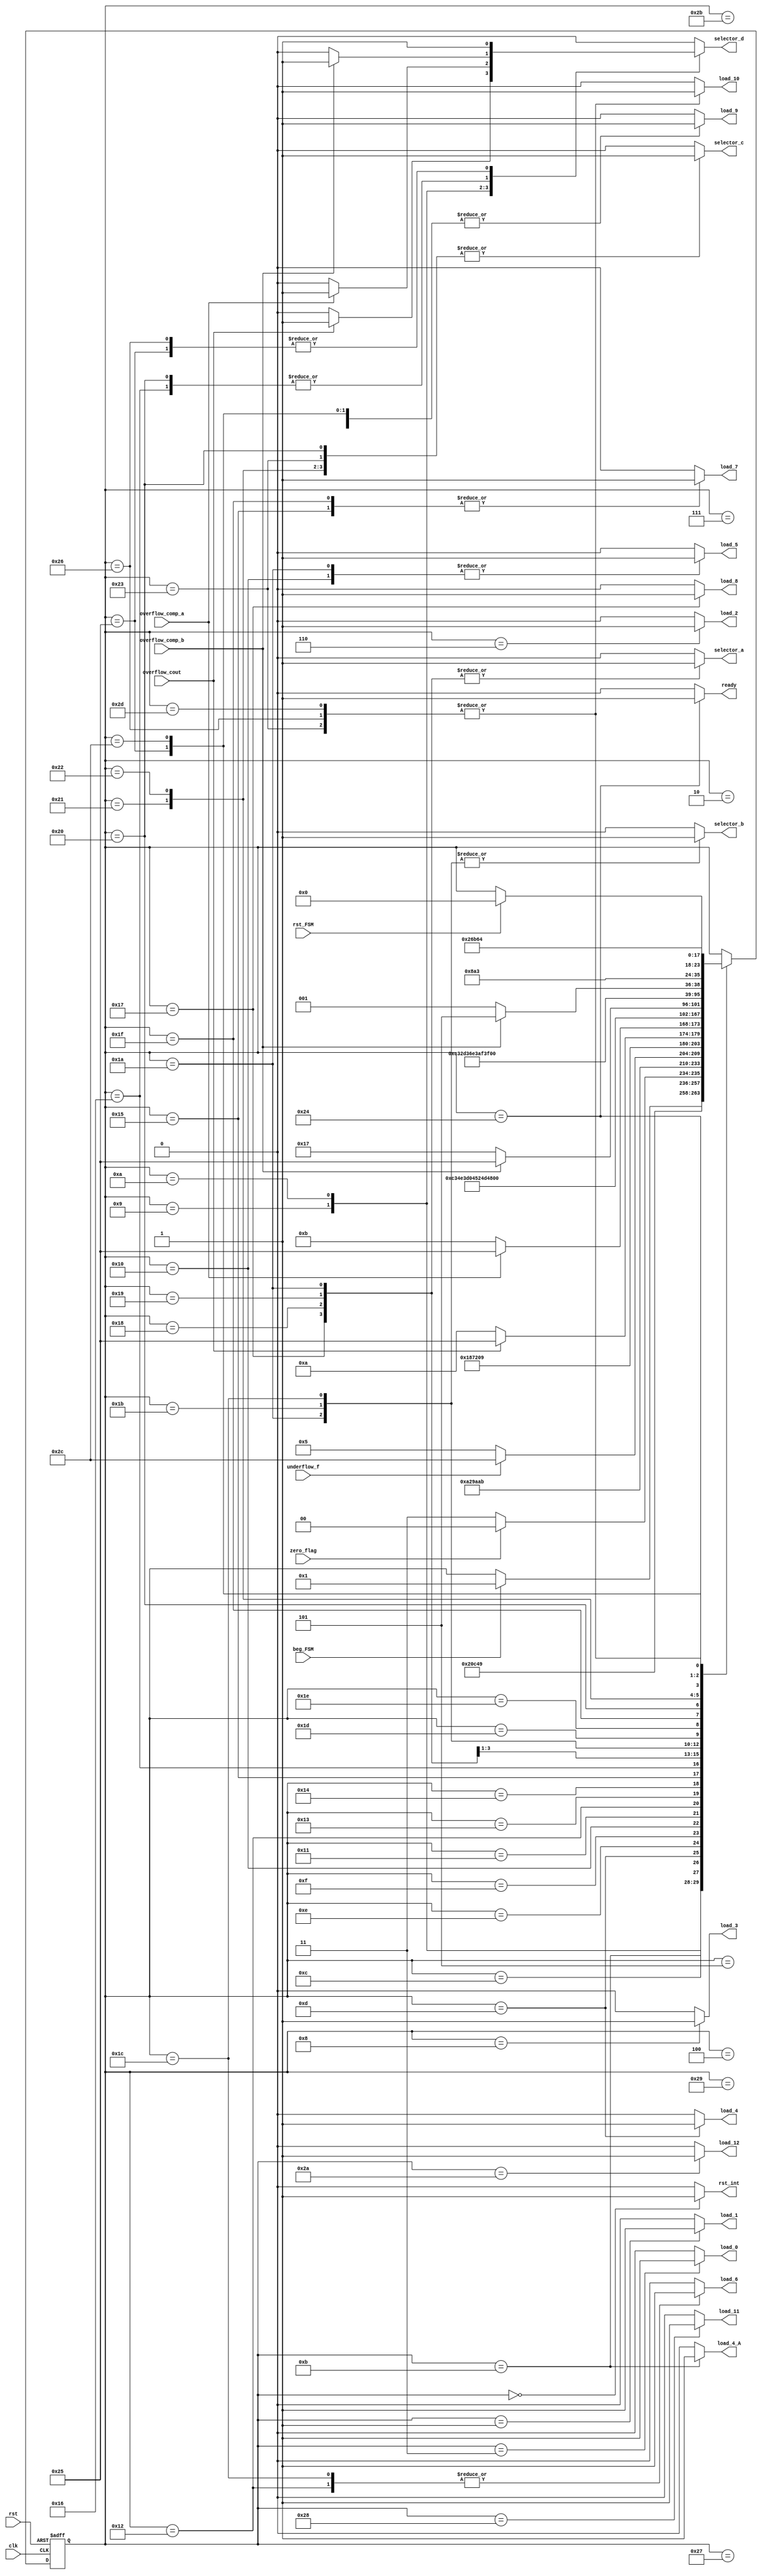
`timescale 1ns / 1ps
//////////////////////////////////////////////////////////////////////////////////
// Company: 
// Engineer: 
// 
// Design Name: 
// Module Name:    FSM_Mult_Function 
// Project Name: 
// Target Devices: 
// Tool versions: 
// Description: 
//
// Dependencies: 
//
// Revision: 
// Revision 0.01 - File Created
// Additional Comments: 
//
//////////////////////////////////////////////////////////////////////////////////
module FSM_Mult_Function(
	//INPUTS
	input wire clk,
	input wire rst,
	input wire beg_FSM, //Begin the multiply operation
	input wire rst_FSM, //Is used in the last state, is an aknowledge signal
	
	//ZERO PHASE EVALUATION SIGNALS
	input wire zero_flag,
	
	//THIRD PHASE INPUT SIGNALS *EVALUATION SIGNALS
	input wire overflow_cout,
	input wire overflow_comp_a,
	
	//SIXTH PHASE INPUT SIGNALS *EVALUATION SIGNALS
	input wire overflow_comp_b,
	
	//NINTH PHASE EVALUATION SIGNALS
	input wire underflow_f,
	
	//Zero phase control signals
	output reg rst_int, //Internal reset for the modules that forms part of the multiplication module
	output reg load_0, //Load of register that contains info about zero result
	//First phase control signals
	output reg load_1, //Controls the load signal from the registers of this stage
	//Registers 1---2
	
	//Second phase control signals
	output reg load_2, //Load Signal for register 3
	
	//Third phase control signals
	output reg load_3, //Load signal for registers 4,5,6
	
	//Fourth phase control signals
	output reg load_4_A, //load signal of additional registers
	output reg load_4, //Load signal for register 7
	
	//Fifth Phase control signals
	output reg selector_a, //Controls the mux which selects the significands of the fifth and seventh phase
	output reg load_5,

	//Sixth Phase control signals
	output reg selector_b,
	output reg load_6,
	output reg load_7,

	//Seventh Phase control signals
	output reg load_8,
	
	//Eight Phase control signals
	output reg load_9,
	output reg load_10,
	output reg ready,
	output reg selector_c,
	output reg selector_d,
	
	//Ninth Phase control signals
	output reg load_11,
	output reg load_12
    );


////////States///////////
//Zero Phase
parameter [5:0] zero = 6'd0,
//First Phase
load_operands = 6'd1, //loads both operands to registers

//Zero Phase
zero_check_a = 6'd2,
zero_check_b = 6'd3,
zero_check_c = 6'd4,


//Second Phase
addsub_exp_bias = 6'd5, //It's a "giving time" state for some combinational logic to work
load_addsubexpbias = 6'd6, //Loads the register which contains the result of the second state

//Third Phase
info_exp_a = 6'd7, //Gives time to the comparator of this phase to execute
load_exp_ovflow_info =  6'd8, //Loads the registers with relevant info about
first_ov_ccout = 6'd9, //Ask if exist overflow looking on the carry out bit of the exponet
first_ov_ccomp = 6'd10, //Ask for overflow comparing with the parameter h'fe

//Fourth Phase
load_pre_mult_sgfs = 6'd11,
pre_mult_time = 6'd12,
load_mult_sgfs = 6'd13,//Loads the register which contains the product of the significands

//Fifth Phase
r_sgf_selection_a = 6'd14, //Loads off the register of the state 8, the selector does not change the value
r_sgf_selection_b = 6'd15, //both the a and b selection are thinking to give time to the multiplexers of this stage
r_sgf_selection_c = 6'd16, //Loads a first version of the resultant significand also brings information of an update required by the exponent

//Sixth Phase
exp_update_a = 6'd17,
exp_update_b = 6'd18,
exp_update_c = 6'd19,
exp_update_d = 6'd20,
exp_update_e = 6'd21,
second_ov_ccomp = 6'd22,

//Seventh Phase
round_state_a = 6'd23,
update_sgf_a = 6'd24, //Again to the fifth phase to update the significand
update_sgf_b = 6'd25,
update_sgf_c = 6'd26,
new_update_exp_a = 6'd27, //Again to the sixth phase
new_update_exp_b = 6'd28,
new_update_exp_c = 6'd29,
new_update_exp_d = 6'd30,
new_update_exp_e = 6'd31,
f_overflow_q = 6'd32,

//Eight Phase
final_result_a = 6'd33,
final_result_b = 6'd34,
final_result_c = 6'd35,
final_result_d = 6'd36,

//Overflow management states
overflow_management_a = 6'd37,
overflow_management_b = 6'd38,

//Underflow management states
underflow_check_a = 6'd39,
underflow_check_b = 6'd40,
underflow_check_c = 6'd41,
underflow_check_d = 6'd42,
underflow_info =  6'd43,
underflow_management_a = 6'd44,
underflow_management_b = 6'd45;


//State registers
reg [5:0] state_reg, state_next;

//State registers reset and standby logic
always @(posedge clk, posedge rst)
	if(rst)
		state_reg <= zero;
	else
		state_reg <= state_next;

//Transition and Output Logic
always @*
	begin
	//STATE DEFAULT BEHAVIOR
	state_next = state_reg; //If no changes, keep the value of the register unaltered
	
	//ZERO PHASE DEFAULT SIGNALS
	rst_int = 0; //The internal reset is zero but in the zero state
	load_0 = 0;
	
	//FIRST PHASE DEFAULT SIGNALS
	load_1 = 0; //Default value of this signal, it does not change unless you do it in an state
	//but this value comes back to the default when you exit 
	
	//SECOND PHASE DEFAULT SIGNALS
	load_2 = 0;
	
	//THIRD PHASE DEFAULT SIGNALS
	load_3 = 0;
	
	//FOURTH PHASE DEFAULT SIGNALS
	load_4_A = 0;
	load_4 = 0;
	
	//FIFTH PHASE DEFAULT SIGNALS
	selector_a = 0;
	load_5 = 0;
	
	//SIXTH PHASE DEFAULT SIGNALS
	selector_b = 0;
	load_6 = 0;
	load_7 = 0;
	
	//SEVENTH PHASE DEFAULT SIGNALS
	load_8 = 0;
	
	//EIGHT PHASE DEFAULT SIGNALS
	load_9 = 0;
	load_10 = 0;
	selector_c = 0;
	selector_d = 0;
	ready = 0;
	
	//NINTH PHASE DEFAULT SIGNALS
	load_11 = 0;
	load_12 = 0;
	
	case(state_reg)
		zero:
		begin
			rst_int = 1;
			if(beg_FSM)
				state_next = load_operands; //Jump to the first state of the machine
		end
		//First Phase 
		load_operands:
		begin
			load_1 = 1;
			state_next = zero_check_a;
		end
		
		//Zero Check
		zero_check_a:
		begin
			load_1 = 0;
			state_next = zero_check_b;
		end
		zero_check_b:
		begin
			load_0 = 1;
			state_next = zero_check_c;
		end
		zero_check_c:
		begin
			if(zero_flag)
				state_next = final_result_d;
			else
				state_next = underflow_check_a;
		end
		//Ninth Phase
		underflow_check_a:
		begin
			state_next = underflow_check_b;
		end
		underflow_check_b:
		begin
			load_11 = 1; //Loads the add result of the exponents
			state_next = underflow_check_c;
		end
		underflow_check_c:
		begin
			load_11 = 0;
			state_next = underflow_check_d;
		end
		underflow_check_d:
		begin
			load_12 = 1;
			state_next = underflow_info;
		end
		underflow_info:
		begin
			load_12 = 0;
			if(underflow_f)
				state_next = underflow_management_a;
			else
				state_next = addsub_exp_bias;
		end
		
		//Second Phase
		addsub_exp_bias: //This state gives time to combinational logic 
		begin
			state_next = load_addsubexpbias ;
		end
		load_addsubexpbias:
		begin
			load_2 = 1;
			state_next = info_exp_a; 
		end
		
		//Third phase
		info_exp_a: //Gives time to a combinational logic to execute
		begin
			load_2 = 0;
			state_next = load_exp_ovflow_info;
		end
		load_exp_ovflow_info: //Loads info about the exponent and overflow status
		begin
			load_3 = 1;
			state_next = first_ov_ccout;
		end
		first_ov_ccout:
		begin
			load_3 = 0;
			if(overflow_cout) begin
				selector_d = 1; //Selects the overflow code
				state_next = overflow_management_a; //Ends the process with the exception handling
			end
			else
				state_next = first_ov_ccomp;
		end
		first_ov_ccomp:
			if(overflow_comp_a) begin
				selector_d = 1;
				state_next = overflow_management_a;
			end
			else
				state_next = load_pre_mult_sgfs;
		/////////////////////////////////////////**
		//Fourth Phase
		//****************************CORRECCION CLK SKEW*******
		load_pre_mult_sgfs:
		begin
			load_4_A = 1;
			state_next = pre_mult_time;
		end
		pre_mult_time:
		begin
			load_4_A = 0;
			state_next = load_mult_sgfs;
		end
		load_mult_sgfs:
		begin
			load_4 = 1;
			state_next = r_sgf_selection_a;
		end
		
		//Fifth Phase
		r_sgf_selection_a: // Gives time to combinational logic to execute
		begin
			load_4 = 0;
			state_next = r_sgf_selection_b;
		end
		r_sgf_selection_b:
		begin
			state_next = r_sgf_selection_c;
		end
		r_sgf_selection_c:
		begin
			load_5 = 1;
//			selector_b = 0;
			state_next = exp_update_a;
		end
		
		//Sixth Phase
		exp_update_a:
		begin
			load_5 = 0;
			state_next = exp_update_b;
		end
		exp_update_b:
		begin
			load_6 = 1;
			state_next = exp_update_c;
		end
		exp_update_c: //Time to combinational logic
		begin
			load_6 = 0;
			state_next = exp_update_d;
		end
		exp_update_d:
		begin
			state_next = exp_update_e;
		end
		exp_update_e:
		begin
			load_7 = 1;
			state_next = second_ov_ccomp;
		end
		second_ov_ccomp:
		begin
			load_7 = 0;
			if(overflow_comp_b) begin
				selector_d = 1;
				state_next = overflow_management_a;
			end
			else
				state_next = round_state_a;
		end
		
		//SEVENTH PHASE
		round_state_a:
		begin
			load_8 = 1; //Loads the rounded significand
			selector_a = 1; //Prepares the mux of the fifth phase to reprocess the significand
			state_next = update_sgf_a;
		end
		update_sgf_a: //time to combinational logic
		begin	
			load_8 = 0;
			selector_a = 1;
			state_next = update_sgf_b;
		end
		update_sgf_b: //time to combinational logic
		begin
			selector_a = 1;
			state_next = update_sgf_c;
		end
		update_sgf_c:
		begin
			selector_a = 1;
			load_5 = 1;
			selector_b = 1;
			state_next = new_update_exp_a;
		end
		new_update_exp_a:
		begin
			load_5 = 0;
			selector_a = 0;
			selector_b = 1;
			state_next = new_update_exp_b;
		end
		new_update_exp_b:
		begin
			selector_b = 1;
			load_6 = 1;
			state_next = new_update_exp_c;
		end
		new_update_exp_c:
		begin
			selector_b = 0;
			load_6 = 0;
			state_next = new_update_exp_d;
		end
		new_update_exp_d:
		begin
			state_next = new_update_exp_e;
		end
		new_update_exp_e:
		begin
			load_7 = 1;
			state_next = f_overflow_q;
		end
		f_overflow_q:
		begin
			load_7 = 0;
			selector_c = 1;
			if(overflow_comp_b) begin
				selector_d = 1;
				state_next = overflow_management_a;
			end
			else
				state_next = final_result_a;
		end
		
		//EIGTH PHASE
		final_result_a:
		begin
			selector_c = 1;
			load_9 = 1;
			state_next = final_result_b;
		end
		final_result_b:
		begin
			selector_c = 1;
			load_9 = 0;
			state_next = final_result_c;
		end
		final_result_c:
		begin
			selector_c = 1;
			load_10 = 1;
			state_next = final_result_d;
		end
		final_result_d:
		begin
			selector_c = 0;
			load_10 = 0;
			ready = 1;
			if(rst_FSM)
				state_next = zero;
		end
		
		overflow_management_a:
		begin
			selector_d = 1;
			load_9 = 1;
			state_next = overflow_management_b;
		end
		overflow_management_b:
		begin
			selector_d = 1;
			load_9 = 0;
			load_10 = 1;
			state_next = final_result_d;
		end
		underflow_management_a:
		begin
			load_9 = 1;
			state_next = underflow_management_b;
		end
		underflow_management_b:
		begin
			load_9 = 0;
			load_10 = 1;
			state_next = final_result_d;
		end
		
			
		endcase
	end
			
		
endmodule